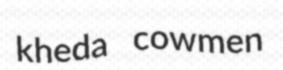
kheda cowmen